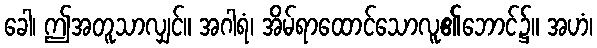
ခေါ၊ ဤအတူသာလျှင်။ အဂါရံ၊ အိမ်ရာထောင်သောလူ၏ဘောင်၌။ အဟံ၊